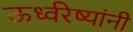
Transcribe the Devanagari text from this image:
ऊर्ध्वरेष्यांनी